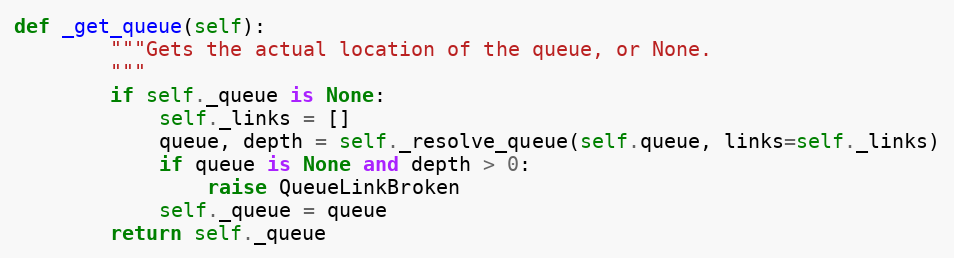
Language: Python
def _get_queue(self):
        """Gets the actual location of the queue, or None.
        """
        if self._queue is None:
            self._links = []
            queue, depth = self._resolve_queue(self.queue, links=self._links)
            if queue is None and depth > 0:
                raise QueueLinkBroken
            self._queue = queue
        return self._queue